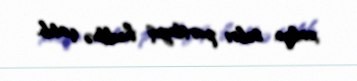
xalqın səbri partlayış həddinə çatıb.